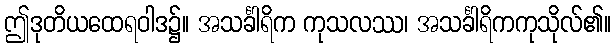
ဤဒုတိယထေရဝါဒ၌။ အသင်္ခါရိက ကုသလဿ၊ အသင်္ခါရိကကုသိုလ်၏။